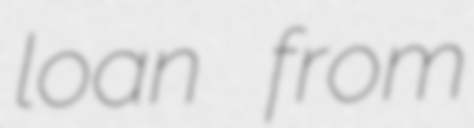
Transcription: loan from